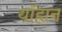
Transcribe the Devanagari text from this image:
यॉहान